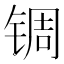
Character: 𬭕